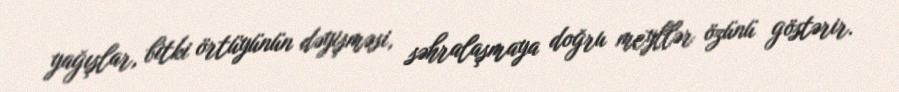
yağışlar, bitki örtüyünün dəyişməsi, səhralaşmaya doğru meyllər özünü göstərir.